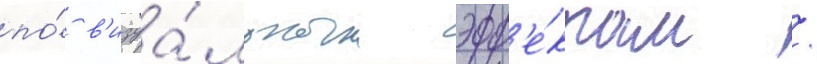
по́ в'изуа́льным эфф'е́ктам /